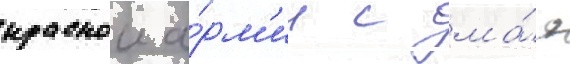
краснои а́рм'ии с ма́я